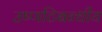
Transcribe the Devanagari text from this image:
उष्णटिबन्धीय